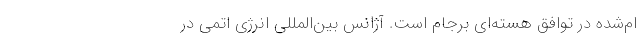
ام‌شده در توافق هسته‌ای برجام است. آژانس بین‌المللی انرژی اتمی در